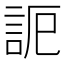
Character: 𧦠